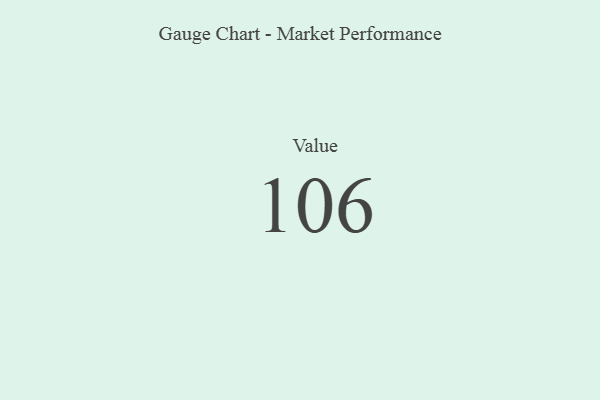
{"axis": {"x": "Metric", "y": "Value"}, "legend": [""], "data": [{"x": "Value", "y": 106, "type": ""}]}